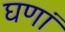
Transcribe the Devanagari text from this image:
घणां